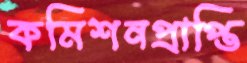
কমিশনপ্রাপ্তি